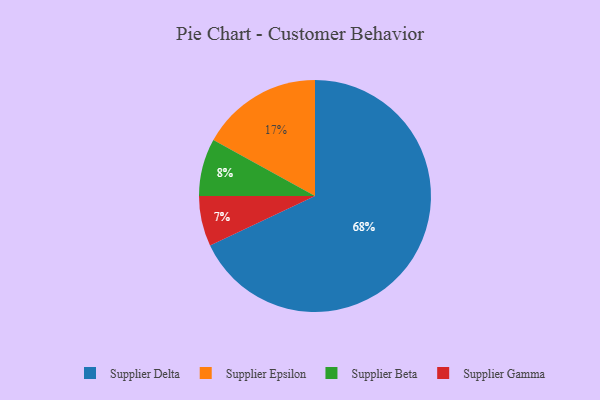
{"axis": {"x": "Category", "y": "Percentage"}, "legend": ["Supplier Beta", "Supplier Delta", "Supplier Epsilon", "Supplier Gamma"], "data": [{"x": "Supplier Gamma", "y": 7, "type": "Supplier Gamma"}, {"x": "Supplier Delta", "y": 68, "type": "Supplier Delta"}, {"x": "Supplier Beta", "y": 8, "type": "Supplier Beta"}, {"x": "Supplier Epsilon", "y": 17, "type": "Supplier Epsilon"}]}